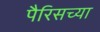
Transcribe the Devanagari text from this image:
पैरिसच्या